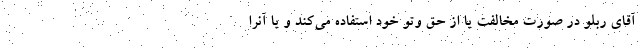
آقای ربلو در صورت مخالفت یا از حق وتو خود استفاده می‌کند و یا آنرا